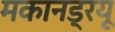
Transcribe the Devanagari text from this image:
मकानड्रयू